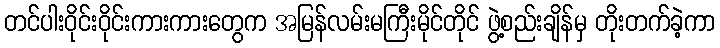
တင်ပါးဝိုင်းဝိုင်းကားကားတွေက အမြန်လမ်းမကြီးမိုင်တိုင် ဖွဲ့စည်းချိန်မှ တိုးတက်ခဲ့ကာ